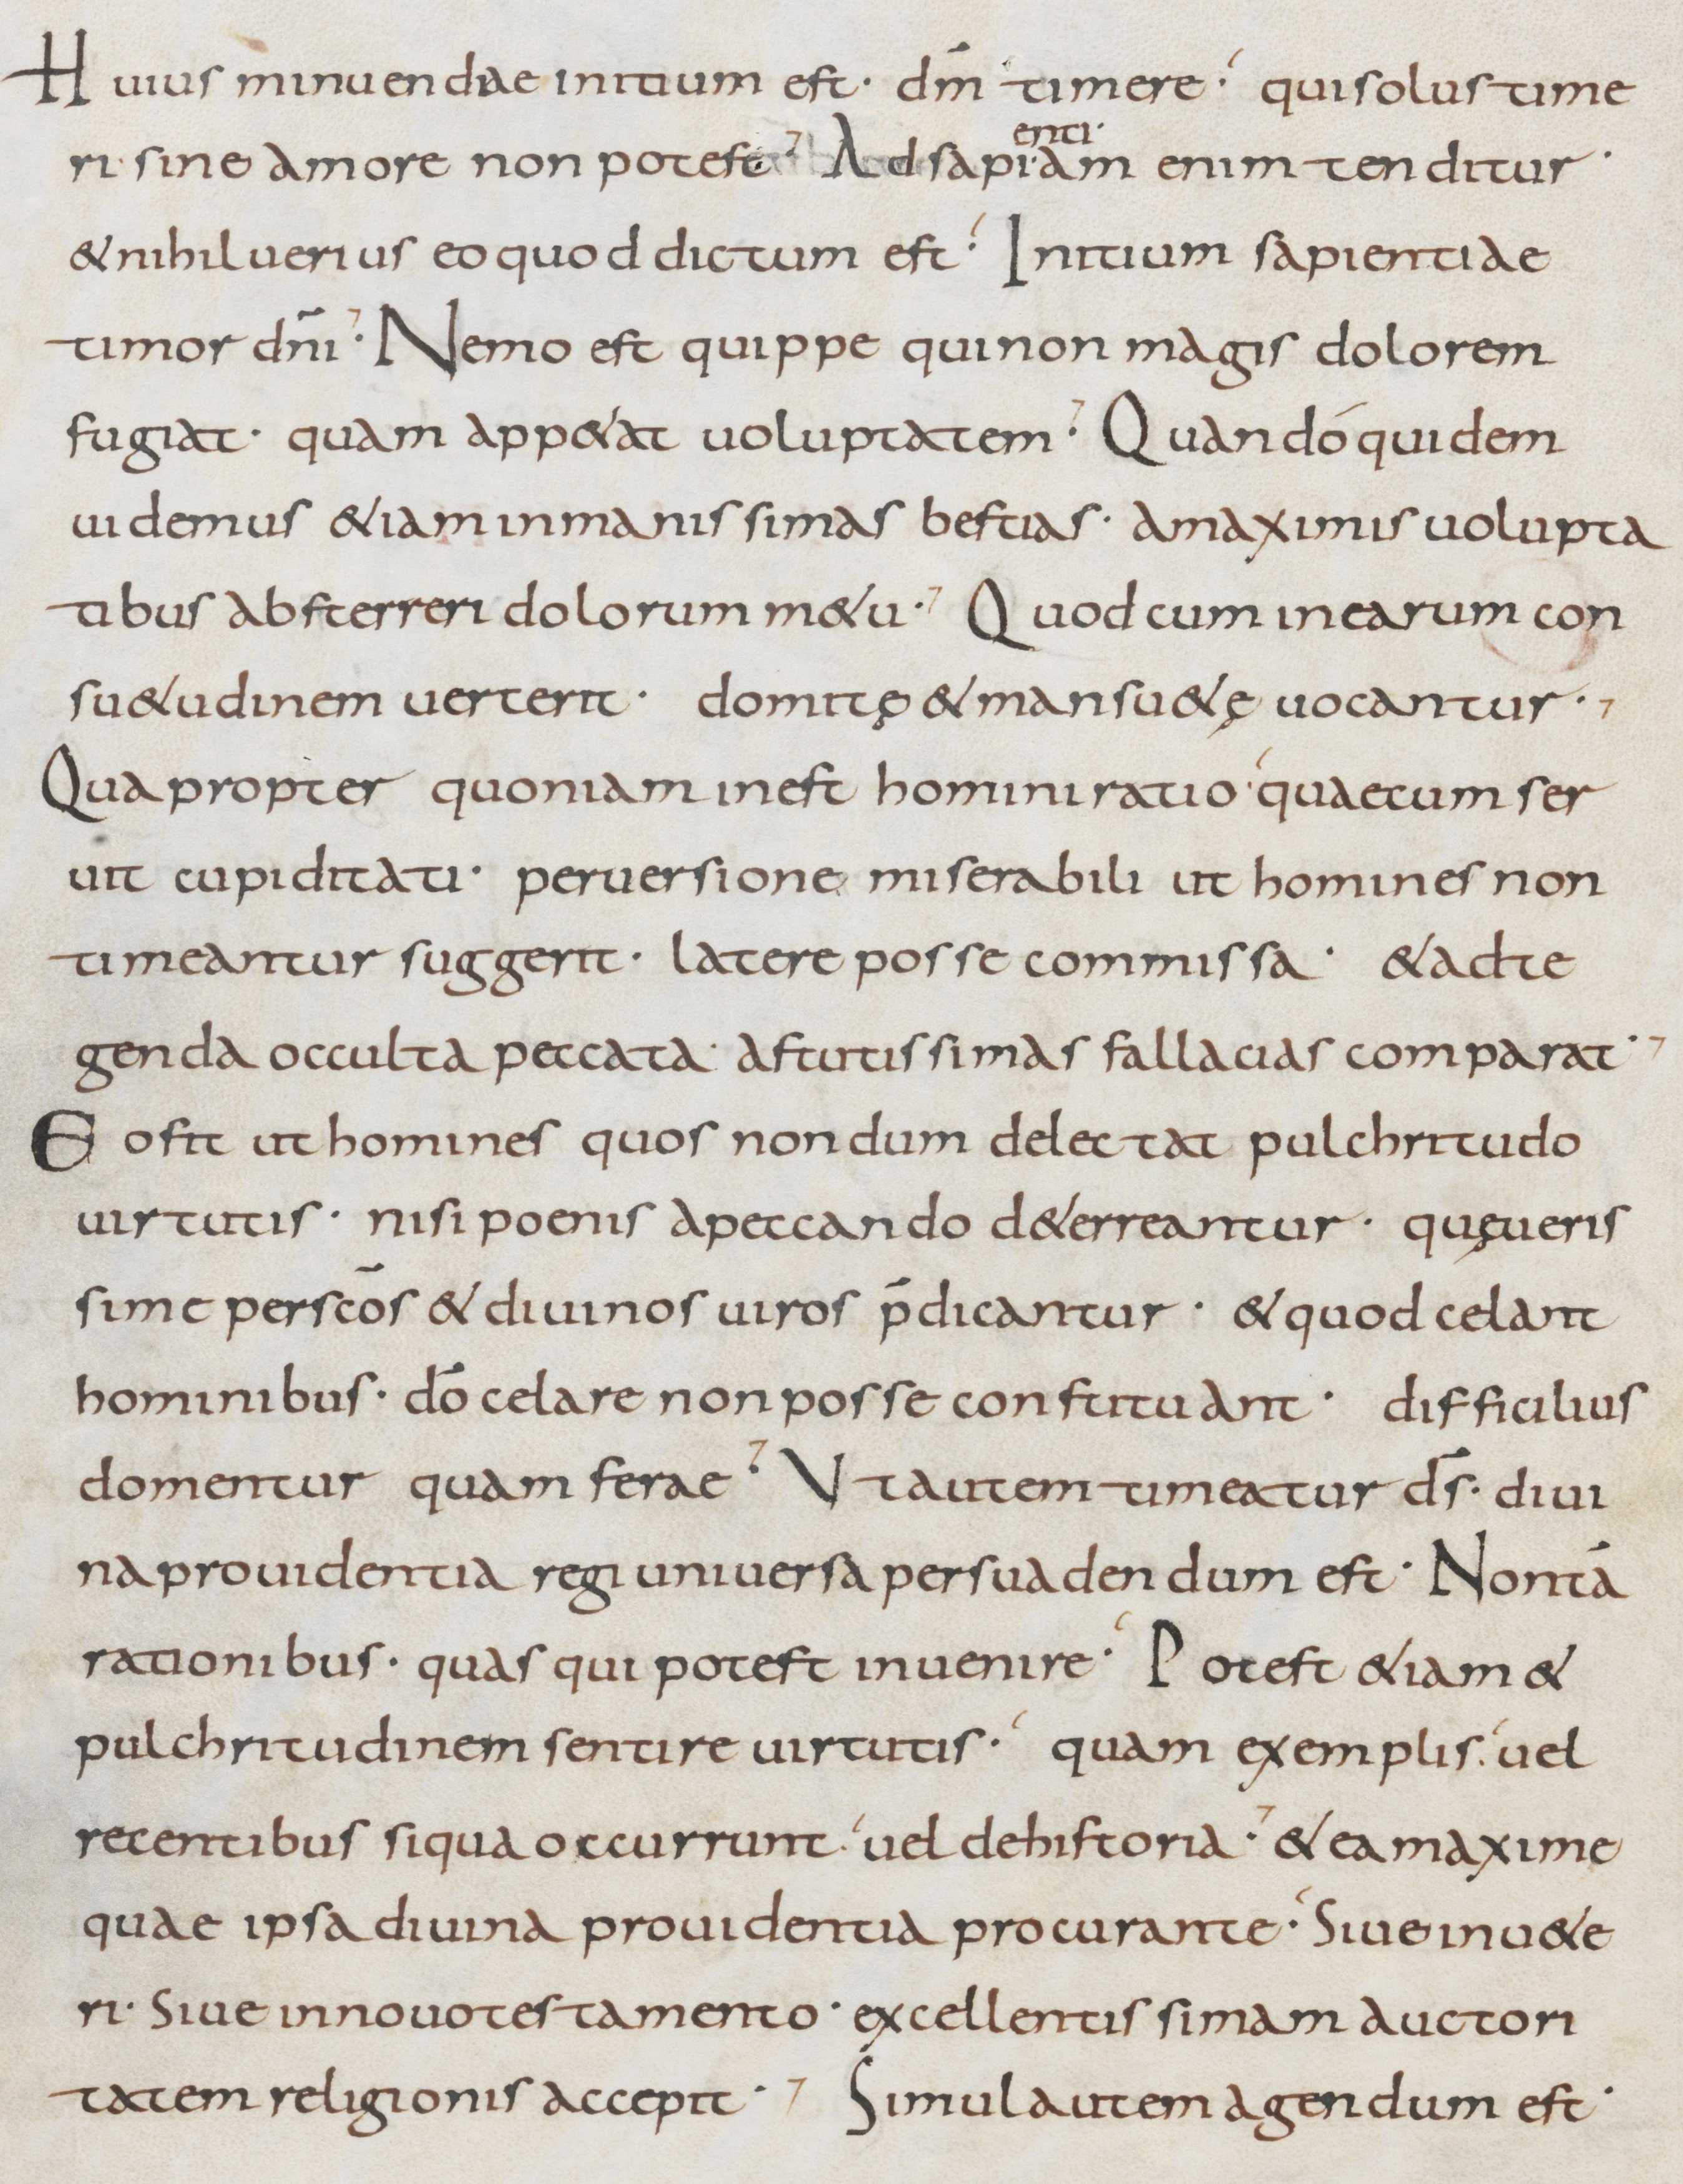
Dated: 800–899